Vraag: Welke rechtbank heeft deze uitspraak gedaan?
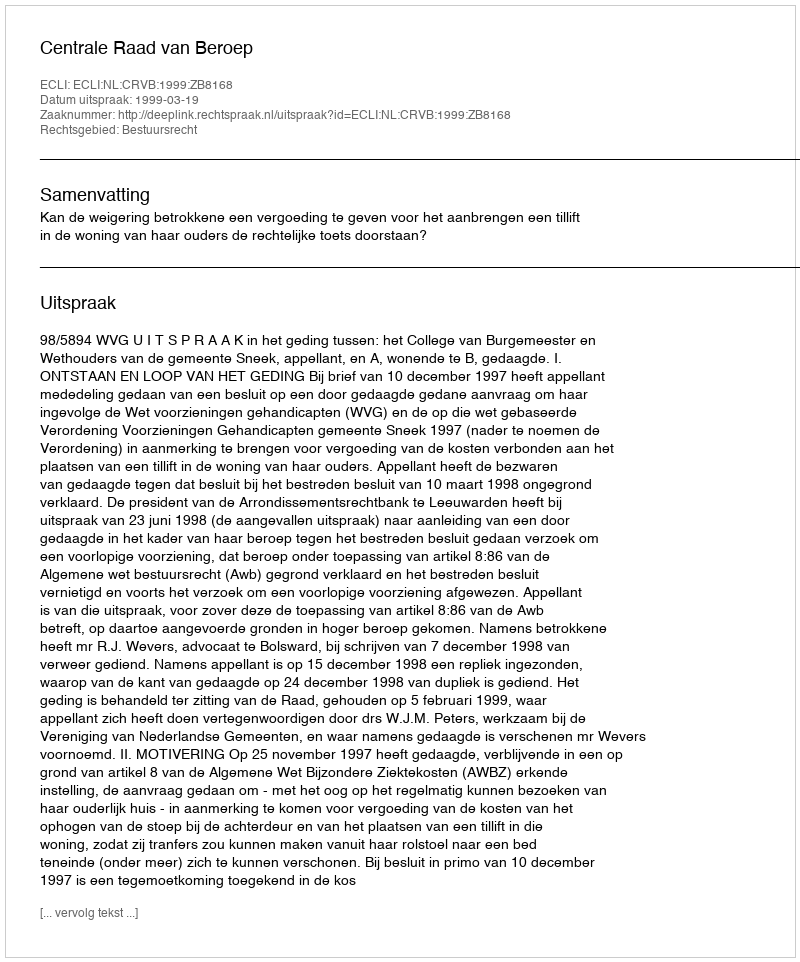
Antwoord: Centrale Raad van Beroep